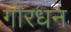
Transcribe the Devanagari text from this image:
गोरधन